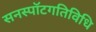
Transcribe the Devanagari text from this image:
सनस्पॉटगतिविधि